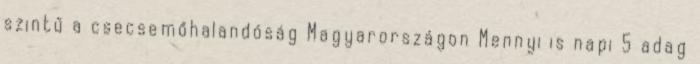
szintű a csecsemőhalandóság Magyarországon Mennyi is napi 5 adag